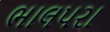
ભાલપરા